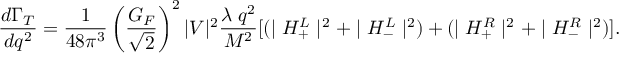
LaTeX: \displaystyle \frac { d \Gamma _ { T } } { d q ^ { 2 } } = \displaystyle \frac { 1 } { 4 8 \pi ^ { 3 } } \left( \frac { G _ { F } } { \sqrt { 2 } } \right) ^ { 2 } | V | ^ { 2 } \frac { \lambda \; q ^ { 2 } } { M ^ { 2 } } [ ( \mid H _ { + } ^ { L } \mid ^ { 2 } + \mid H _ { - } ^ { L } \mid ^ { 2 } ) + ( \mid H _ { + } ^ { R } \mid ^ { 2 } + \mid H _ { - } ^ { R } \mid ^ { 2 } ) ] .